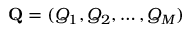
\mathbf { Q } = ( Q _ { 1 } , Q _ { 2 } , \ldots , Q _ { M } )